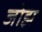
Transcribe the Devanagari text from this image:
जोझ